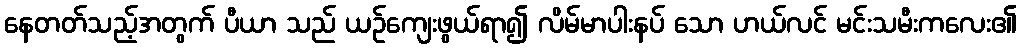
နေတတ်သည့်အတွက် ပီယာ သည် ယဉ်ကျေးဖွယ်ရာ၍ လိမ်မာပါးနပ် သော ဟယ်လင် မင်းသမီးကလေး၏